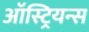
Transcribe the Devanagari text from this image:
ऑस्ट्रियन्स